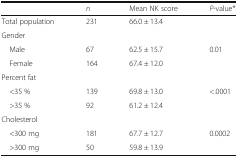
<table><thead><tr><td></td><td><b><i>n</i></b></td><td><b>Mean NK score</b></td><td><b><i>P</i>-value*</b></td></tr></thead><tbody><tr><td>Total population</td><td>231</td><td>66.0 ± 13.4</td><td></td></tr><tr><td colspan="4">Gender</td></tr><tr><td> Male</td><td>67</td><td>62.5 ± 15.7</td><td>0.01</td></tr><tr><td> Female</td><td>164</td><td>67.4 ± 12.0</td><td></td></tr><tr><td colspan="4">Percent fat</td></tr><tr><td> &lt;35 %</td><td>139</td><td>69.8 ± 13.0</td><td>&lt;.0001</td></tr><tr><td> &gt;35 %</td><td>92</td><td>61.2 ± 12.4</td><td></td></tr><tr><td colspan="4">Cholesterol</td></tr><tr><td> &lt;300 mg</td><td>181</td><td>67.7 ± 12.7</td><td>0.0002</td></tr><tr><td> &gt;300 mg</td><td>50</td><td>59.8 ± 13.9</td><td></td></tr></tbody></table>